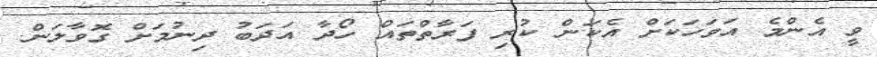
ވީ އެންމެ އަވަހަކަށް އެކަން ކުރި ފަރާތްތައް ހޯދާ އަދަބު ދިނުމަށް ގޮވާލަން.